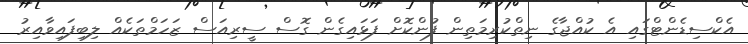
އެކްސިޑެންޓްގައި އެ ކުއްޖާގެ ނިތްކުރިމަތިން ފުންކޮށް ފަޅައިގެން ގޮސް ސީރިއަސް ޒަހަމްތަކެއް ލިބިފައިވާއިރު